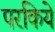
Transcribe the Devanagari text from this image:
परकिये